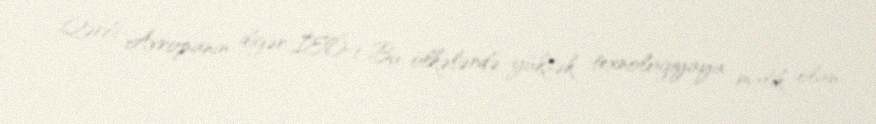
Qərbi Avropanın digər İEÖ-i Bu ölkələrdə yüksək texnologiyaya malik olan